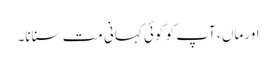
اور ماں ، آپ کو کوئی کہانی مت سنانا۔